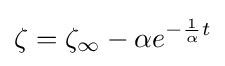
\zeta =\zeta _{\infty }-\alpha e^{-{\frac {1}{\alpha }}t}